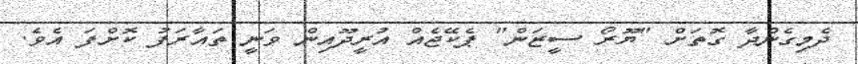
ދެމިގެންދާ ގޮތަށް "ޔޫރޯ ސީޒަން" ޕެކޭޖެއް އުރީދޫއިން ވަނީ ތައާރަފު ކޮށްފަ އެވެ.